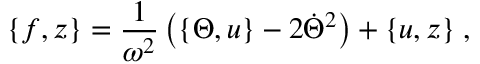
\{ f , z \} = \frac { 1 } { \omega ^ { 2 } } \left( \{ \Theta , u \} - 2 \dot { \Theta } ^ { 2 } \right) + \{ u , z \} \; ,